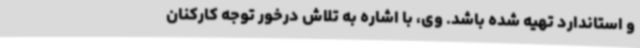
و استاندارد تهیه شده باشد. وی، با اشاره به تلاش درخور توجه کارکنان